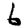
Digit: 6